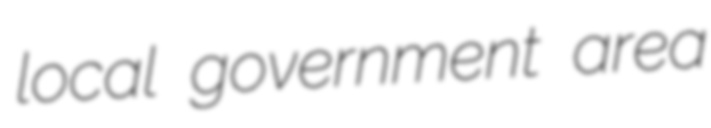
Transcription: local government area